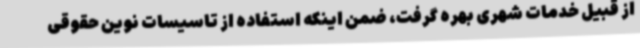
از قبیل خدمات شهری بهره گرفت، ضمن اینکه استفاده از تاسیسات نوین حقوقی